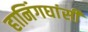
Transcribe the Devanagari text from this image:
हानिंगघांसी